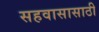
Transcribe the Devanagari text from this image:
सहवासासाठी